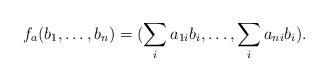
LaTeX: \begin{align*} f_{a}(b_{1},\ldots, b_{n})=(\sum_{i}a_{1i} b_{i},\ldots, \sum_{i}a_{ni} b_{i}).\end{align*}